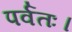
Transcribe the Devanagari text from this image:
पर्वतः।